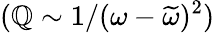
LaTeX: (\mathbb{Q}\sim1/(\omega-\widetilde{{\omega}})^{2})